65_HS1-834228961_62-HQ-83894_Section_2
Agency: FBI
Page 152
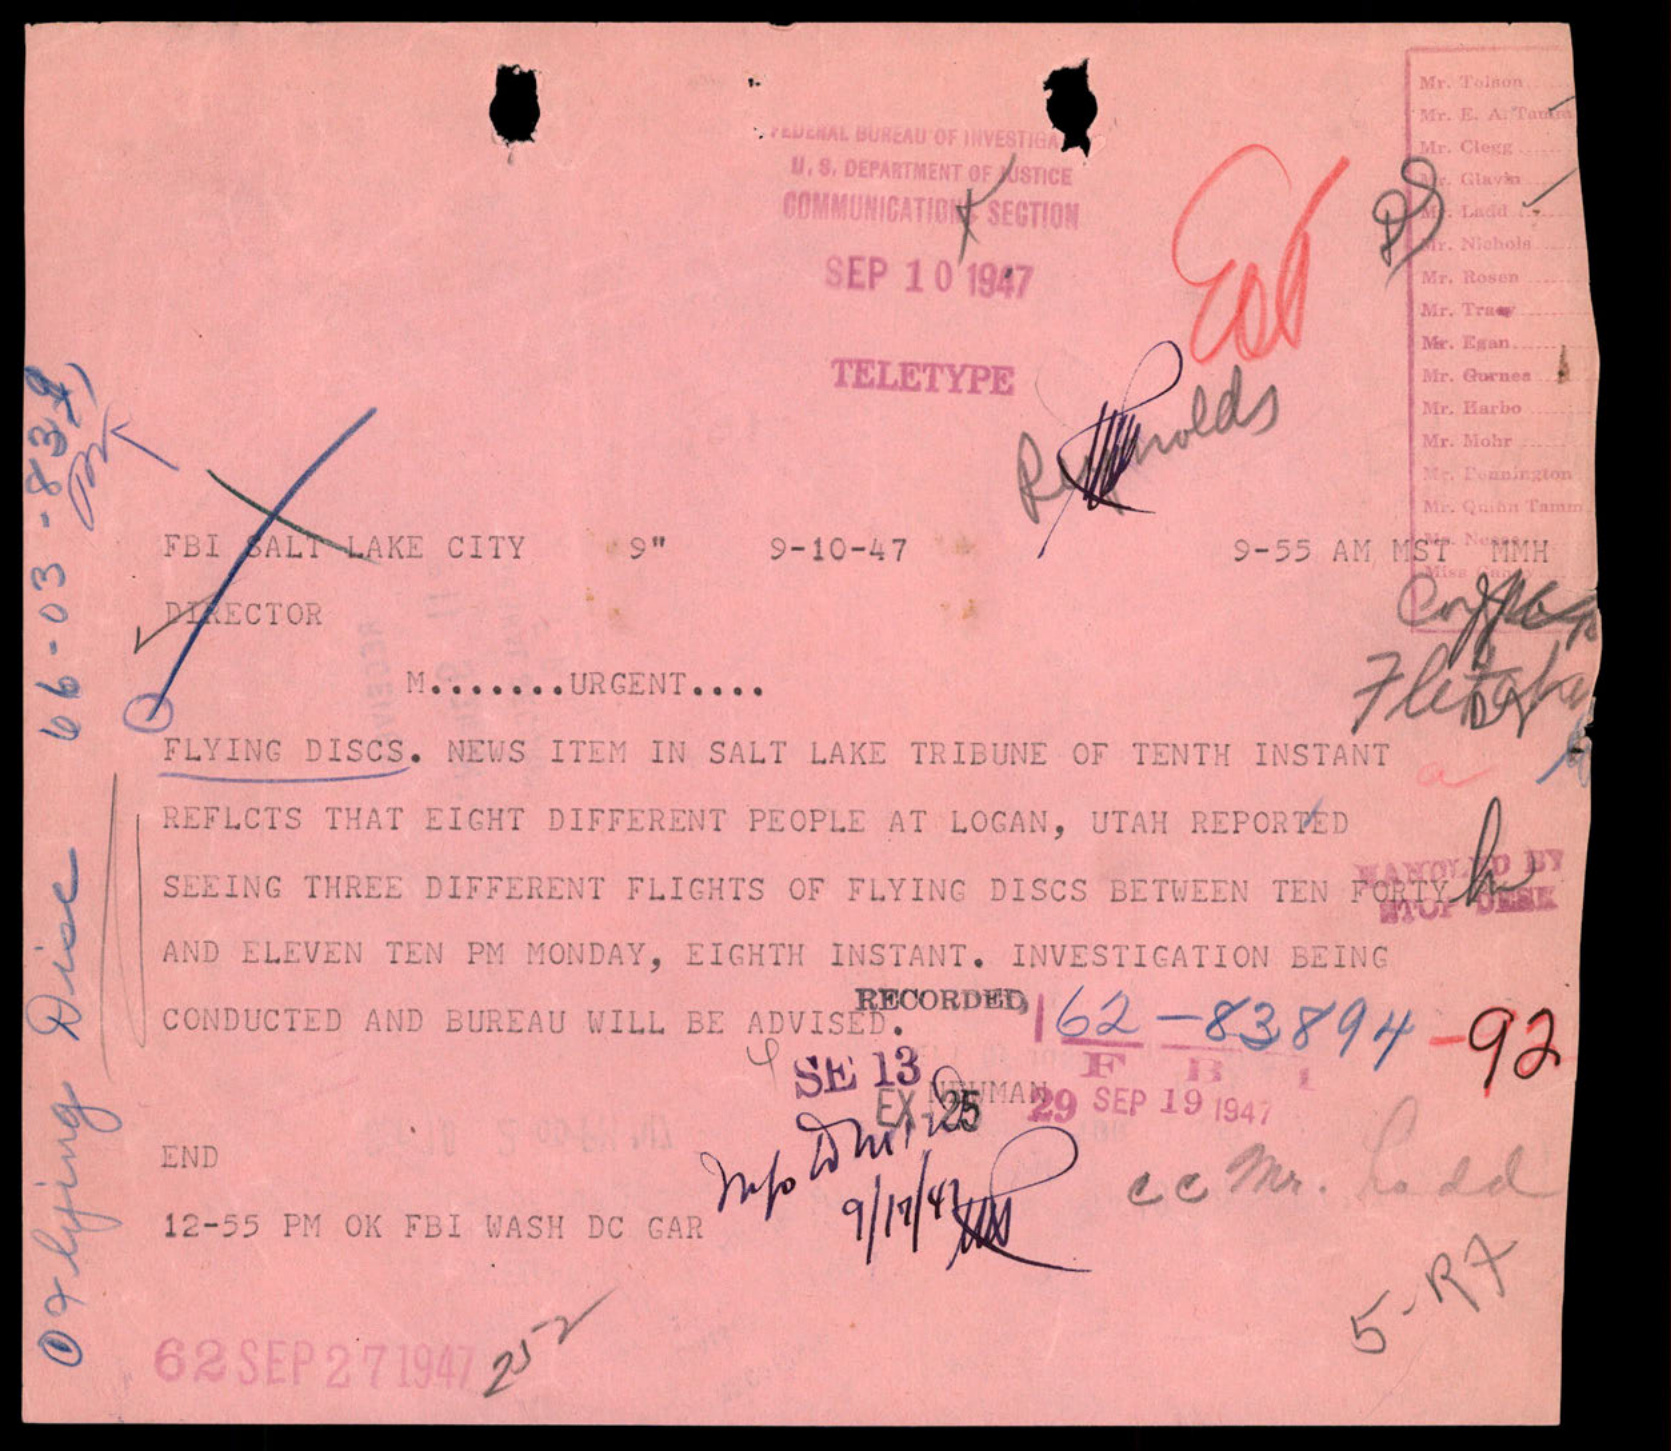